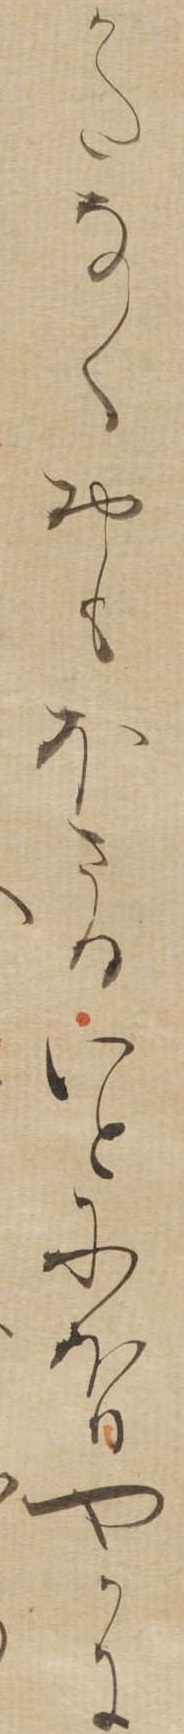
かたなくおもほさるいとにほひやかに